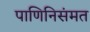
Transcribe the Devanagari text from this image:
पाणिनिसंमत